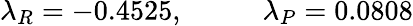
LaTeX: \lambda_{R}=-0.4525,~~~~~~~~~~~\lambda_{P}=0.0808